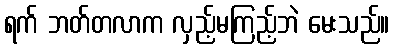
ရက် ဘတ်တလာက လှည့်မကြည့်ဘဲ မေးသည်။